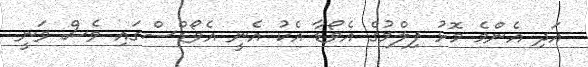
އަދި އެންމެ މޮޅު ފިލްމުގެ އެވޯޑާ އެކު އެނީ އެވޯޑްސްގައި ވެސް ވަނީ